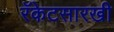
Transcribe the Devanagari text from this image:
रॅकेटसारखी